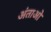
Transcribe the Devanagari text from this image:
अंताओ